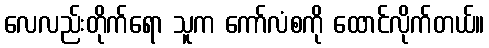
လေလည်းတိုက်ရော သူက ကော်လံစကို ထောင်လိုက်တယ်။